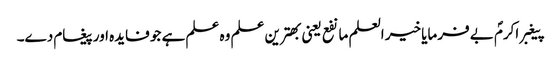
پیغبر اکرمؐ بے فرمایا خیر العلم ما نفع یعنی بھترین علم وہ علم ہے جو فایدہ اور پیغام دے۔